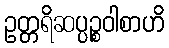
ဥတ္တရိဆပ္ပဉ္စဝါစာဟိ